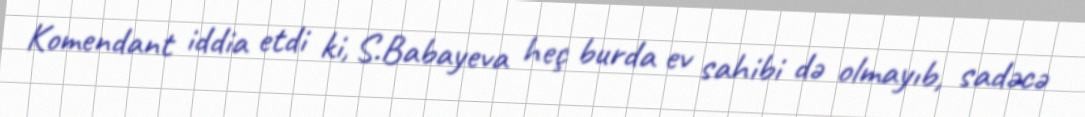
Komendant iddia etdi ki, S.Babayeva heç burda ev sahibi də olmayıb, sadəcə